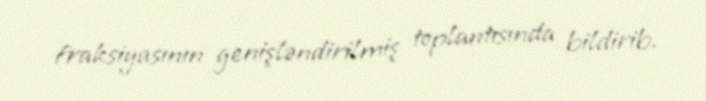
fraksiyasının genişləndirilmiş toplantısında bildirib.